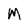
Character: M